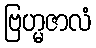
ဗြဟ္မဇာလံ